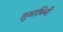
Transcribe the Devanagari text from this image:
सुभाषिनी